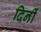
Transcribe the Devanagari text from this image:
दिनीं